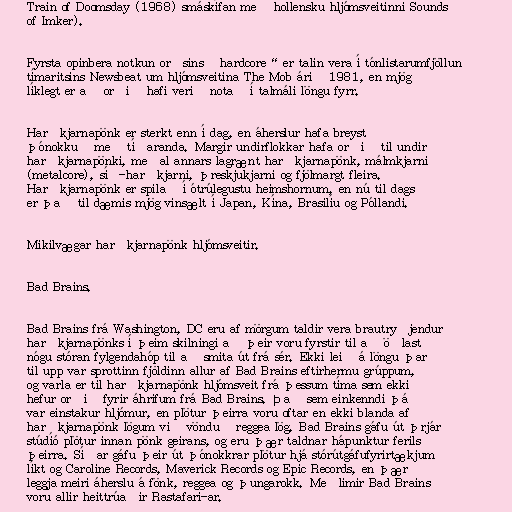
Train of Doomsday (1968) smáskífan með hollensku hljómsveitinni Sounds
of Imker).

Fyrsta opinbera notkun orðsins „hardcore“ er talin vera í tónlistarumfjöllun
tímaritsins Newsbeat um hljómsveitina The Mob árið 1981, en mjög
líklegt er að orðið hafi verið notað í talmáli löngu fyrr.

Harðkjarnapönk er sterkt enn í dag, en áherslur hafa breyst
þónokkuð með tíðaranda. Margir undirflokkar hafa orðið til undir
harðkjarnapönki, meðal annars lagrænt harðkjarnapönk, málmkjarni
(metalcore), síð-harðkjarni, þreskjukjarni og fjölmargt fleira.
Harðkjarnapönk er spilað í ótrúlegustu heimshornum, en nú til dags
er það til dæmis mjög vinsælt í Japan, Kína, Brasilíu og Póllandi.

Mikilvægar harðkjarnapönk hljómsveitir.

Bad Brains.

Bad Brains frá Washington, DC eru af mörgum taldir vera brautryðjendur
harðkjarnapönks í þeim skilningi að þeir voru fyrstir til að öðlast
nógu stóran fylgendahóp til að smita út frá sér. Ekki leið á löngu þar
til upp var sprottinn fjöldinn allur af Bad Brains eftirhermu grúppum,
og varla er til harðkjarnapönk hljómsveit frá þessum tíma sem ekki
hefur orðið fyrir áhrifum frá Bad Brains. Það sem einkenndi þá
var einstakur hljómur, en plötur þeirra voru oftar en ekki blanda af
harðkjarnapönk lögum við vönduð reggea lög. Bad Brains gáfu út þrjár
stúdíó plötur innan pönk geirans, og eru þær taldnar hápunktur ferils
þeirra. Síðar gáfu þeir út þónokkrar plötur hjá stórútgáfufyrirtækjum
líkt og Caroline Records, Maverick Records og Epic Records, en þær
leggja meiri áherslu á fönk, reggea og þungarokk. Meðlimir Bad Brains
voru allir heittrúaðir Rastafari-ar.